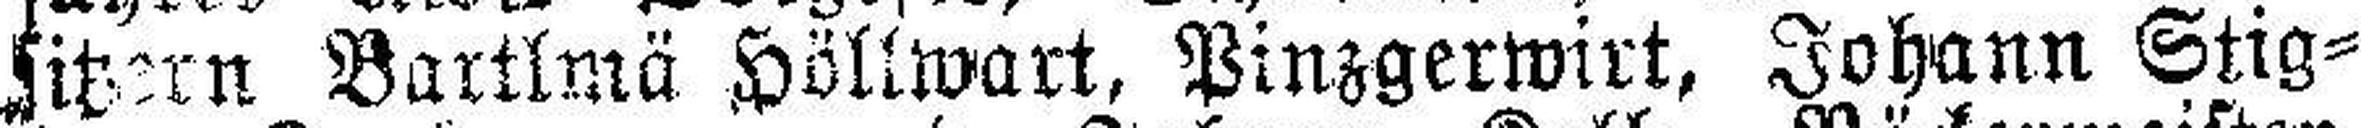
sitzern Bartlmä Höllwart, Pinzgerwirt, Johann Stig¬